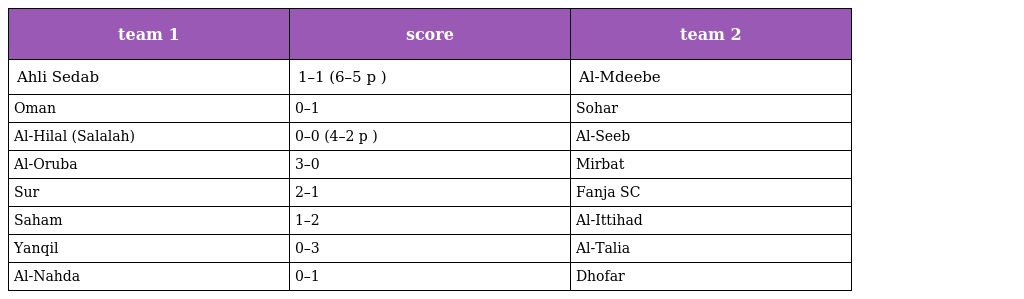
| team 1 | score | team 2 |
 | --- | --- | --- |
 | Ahli Sedab | 1–1 (6–5 p ) | Al-Mdeebe |
 | Oman | 0–1 | Sohar |
 | Al-Hilal (Salalah) | 0–0 (4–2 p ) | Al-Seeb |
 | Al-Oruba | 3–0 | Mirbat |
 | Sur | 2–1 | Fanja SC |
 | Saham | 1–2 | Al-Ittihad |
 | Yanqil | 0–3 | Al-Talia |
 | Al-Nahda | 0–1 | Dhofar |